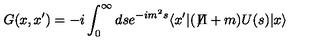
G ( x , x ^ { \prime } ) = - i \int _ { 0 } ^ { \infty } d s e ^ { - i m ^ { 2 } s } \langle x ^ { \prime } \vert ( \not { \! \Pi } + m ) U ( s ) \vert x \rangle